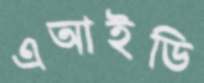
এআইডি